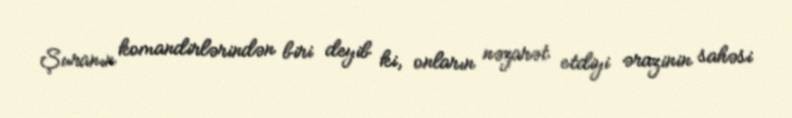
Şuranın komandirlərindən biri deyib ki, onların nəzarət etdiyi ərazinin sahəsi